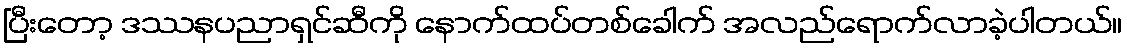
ပြီးတော့ ဒဿနပညာရှင်ဆီကို နောက်ထပ်တစ်ခေါက် အလည်ရောက်လာခဲ့ပါတယ်။